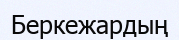
Беркежардың